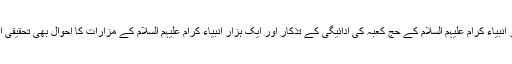
اس کے ساتھ ساتھ جلیل القدر انبیاء کرام علیہم السلام کے حجِ کعبہ کی ادائیگی کے تذکار اور ایک ہزار انبیاء کرام علیہم السلام کے مزارات کا اَحوال بھی تحقیقی انداز سے تحریر کیا گیا ہے۔